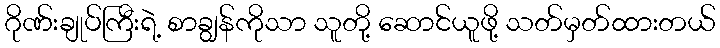
ဂိုဏ်းချုပ်ကြီးရဲ့ စာချွန်ကိုသာ သူတို့ ဆောင်ယူဖို့ သတ်မှတ်ထားတယ်